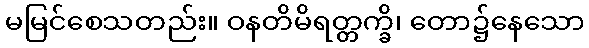
မမြင်စေသတည်း။ ဝနတိမိရတ္တက္ခိ၊ တော၌နေသော